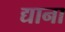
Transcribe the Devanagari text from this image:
द्याना